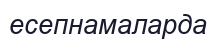
есепнамаларда